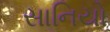
સાનિયો